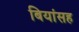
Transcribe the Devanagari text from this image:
बियांसह